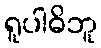
ရူပါဓိဘူ